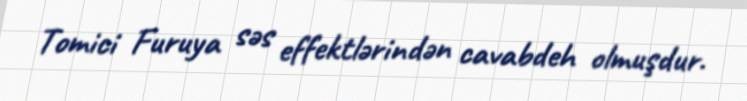
Tomici Furuya səs effektlərindən cavabdeh olmuşdur.